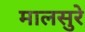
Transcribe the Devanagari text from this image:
मालसुरे